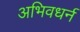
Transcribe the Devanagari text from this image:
अभिवधर्न